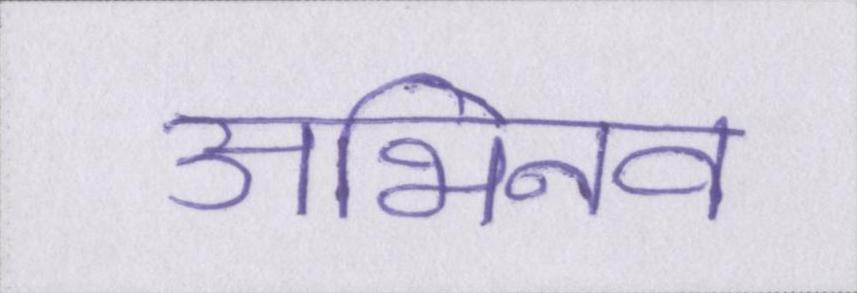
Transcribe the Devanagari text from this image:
अभिनव